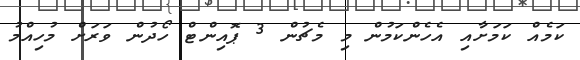
ކަމެއް ކަމަށާއި އެހެންކަމުން މި މެޗުން 3 ޕޮއިންޓް ހޯދުން ވަރަށް މުހިއްމު